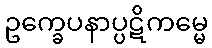
ဥက္ခေပနာပ္ပဋိကမ္မေ